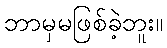
ဘာမှမဖြစ်ခဲ့ဘူး။